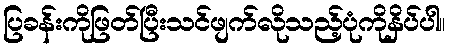
ပြခန်းကိုဖြတ်ပြီးသင်ဖျက်လိုသည့်ပုံကိုနှိပ်ပါ။